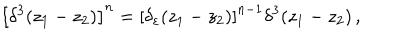
LaTeX: \left[ \delta ^ { 3 } ( z _ { 1 } - z _ { 2 } ) \right] ^ { n } = \left[ \delta _ { \varepsilon } ( z _ { 1 } - z _ { 2 } ) \right] ^ { n - 1 } \delta ^ { 3 } ( z _ { 1 } - z _ { 2 } ) \, ,